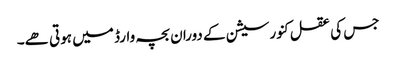
جس کی عقل کنورسیشن کے دوران بچہ وارڈ میں ہوتی ھے۔